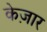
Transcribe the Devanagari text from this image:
केज़ार